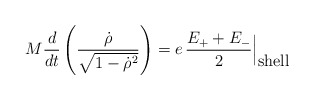
\begin{align*}M\frac{d}{dt}\left(\frac{{\dot\rho}}{\sqrt{1-{\dot\rho}^2}}\right)=e\,\frac{E_+ + E_-}{2}\Bigl |_{\textstyle\mbox{shell}}\end{align*}